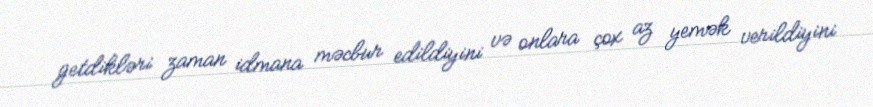
getdikləri zaman idmana məcbur edildiyini və onlara çox az yemək verildiyini